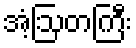
အံ့ဩတကြီး